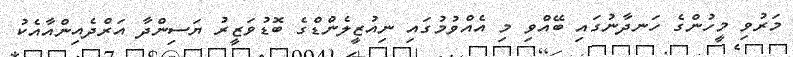
މަރުވި މީހުންގެ ހަނދާނުގައި ބޭއްވި މި އެއްވުމުގައި ނިއުޒީލެންޑްގެ ބޮޑުވަޒީރު ޔަސިންދާ އަރްދެއިންއާއެކު